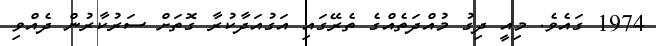
1974 ގައެވެ. މިއީ ދިގު މުއްދަތެއްގެ ތެރޭގައި އަގުއަދާކުރާ ގޮތަށް ސަރުކާރުން ދެއްވި